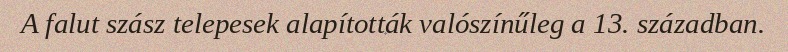
A falut szász telepesek alapították valószínűleg a 13. században.